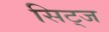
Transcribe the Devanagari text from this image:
सिट्ज